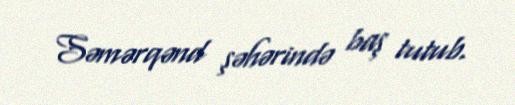
Səmərqənd şəhərində baş tutub.